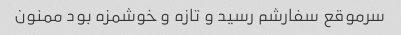
سرموقع سفارشم رسید و تازه و خوشمزه بود ممنون